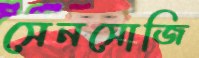
সেনসোজি